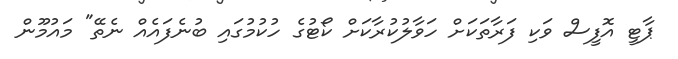
ޕާޓީ އޮފީސް ވަކި ފަރާތަކަށް ހަވާލުކުރާކަށް ކޯޓުގެ ހުކުމުގައި ބުނެފައެއް ނެތޭ" މައުމޫން